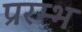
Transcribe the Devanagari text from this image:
प्ररम्भ